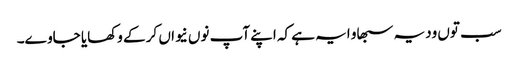
سب توں ودیہ سبھاو ایہ ہے کہ اپنے آپ نوں نیواں کر کے وکھایا جاوے۔